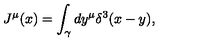
J ^ { \mu } ( x ) = \int _ { \gamma } d y ^ { \mu } \delta ^ { 3 } ( x - y ) ,